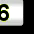
Digit: 6